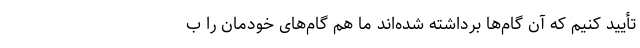
تأیید کنیم که آن گام‌ها برداشته شده‌اند ما هم گام‌های خودمان را ب